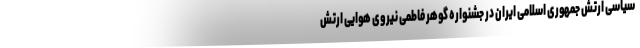
سیاسی ارتش جمهوری اسلامی ایران در جشنواره گوهر فاطمی نیروی هوایی ارتش